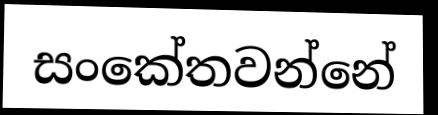
සංකේතවන්නේ